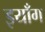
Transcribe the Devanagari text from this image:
इयाँग